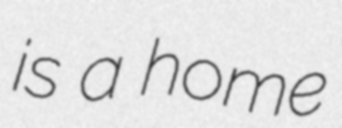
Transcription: is a home